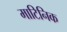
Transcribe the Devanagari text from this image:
माटिनिक